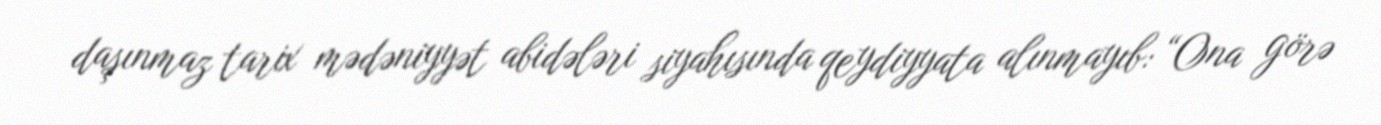
daşınmaz tarix mədəniyyət abidələri siyahısında qeydiyyata alınmayıb: “Ona görə